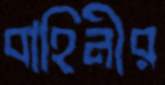
বাহিনীর